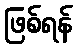
ဖြစ်ရန်